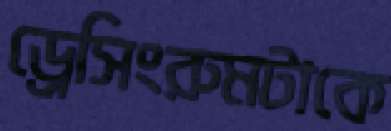
ড্রেসিংরুমটাকে